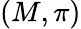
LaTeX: (M,\pi)